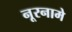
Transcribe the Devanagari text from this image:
नूरनामे